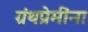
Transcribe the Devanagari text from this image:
ग्रंथप्रेमींना